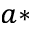
^ { a \ast }